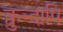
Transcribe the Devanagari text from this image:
क्वुन्दापि